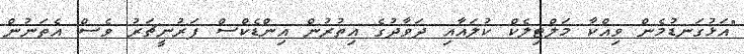
"އަޅުގަނޑުމެން ވިއްކާ މަލްޓިލެކް ކުލައާއި ދަވާދުގެ އިތުރުން އިންޑެކްސް ފަރުނީޗަރު ވެސް އެތަނުން